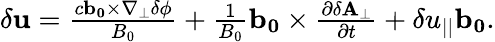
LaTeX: \begin{array}{r}{\mathbf{\delta u}=\frac{c\mathbf{b_{0}}\times\nabla_{\perp}\delta\phi}{B_{0}}+\frac{1}{B_{0}}\mathbf{b_{0}}\times\frac{\partial\mathbf{\delta A_{\perp}}}{\partial t}+\delta u_{||}\mathbf{b_{0}}.}\end{array}